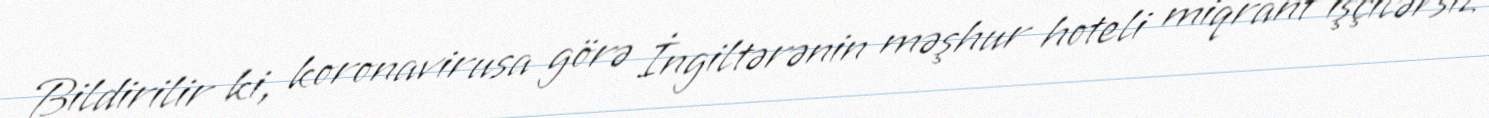
Bildirilir ki, koronavirusa görə İngiltərənin məşhur hoteli miqrant işçilərsiz